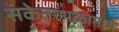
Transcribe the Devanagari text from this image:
संकेतस्थळामध्ये